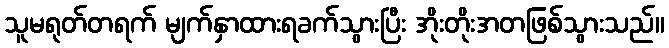
သူမရုတ်တရက် မျက်နှာထားရခက်သွားပြီး အိုးတိုးအတဖြစ်သွားသည်။